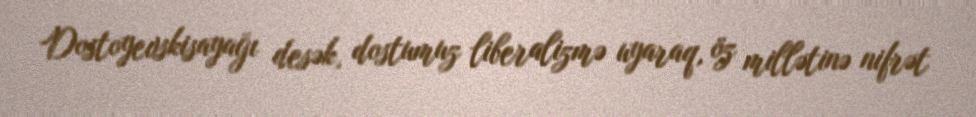
Dostoyevskisayağı desək, dostumuz liberalizmə uyaraq, öz millətinə nifrət